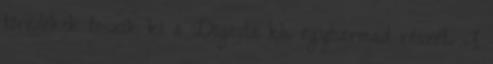
töredékek teszik ki a Digesta kb. egyharmad részét. A